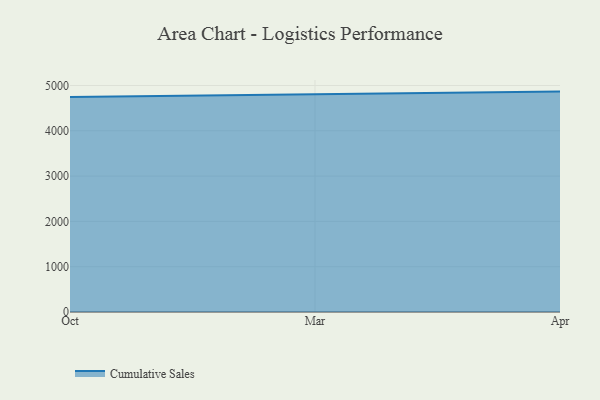
{"axis": {"x": "Month", "y": "Operating Costs (USD K)"}, "legend": ["Cumulative Sales"], "data": [{"x": "Oct", "y": 4747.8, "type": "Cumulative Sales"}, {"x": "Mar", "y": 4807.5, "type": "Cumulative Sales"}, {"x": "Apr", "y": 4865.1, "type": "Cumulative Sales"}]}